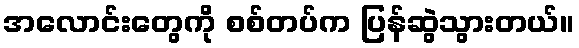
အလောင်းတွေကို စစ်တပ်က ပြန်ဆွဲသွားတယ်။